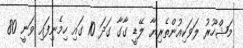
މަޝްހޫރު ލަވަކިއުންތެރިޔާ ލޭޑީ ގާގާ ގަދަ 10 ގައި ހިމެނިފައި ވަނީ 80